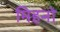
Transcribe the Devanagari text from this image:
मिहनो